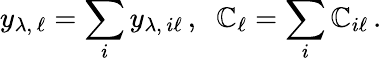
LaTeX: y_{\lambda,\, \ell}=\sum_{i}y_{\lambda,\, i\ell}\, ,\; \; \mathbb{C}_{\ell}=\sum_{i}\mathbb{C}_{i\ell}\, .